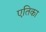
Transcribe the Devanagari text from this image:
एतिका